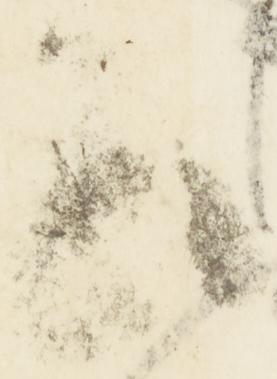
出